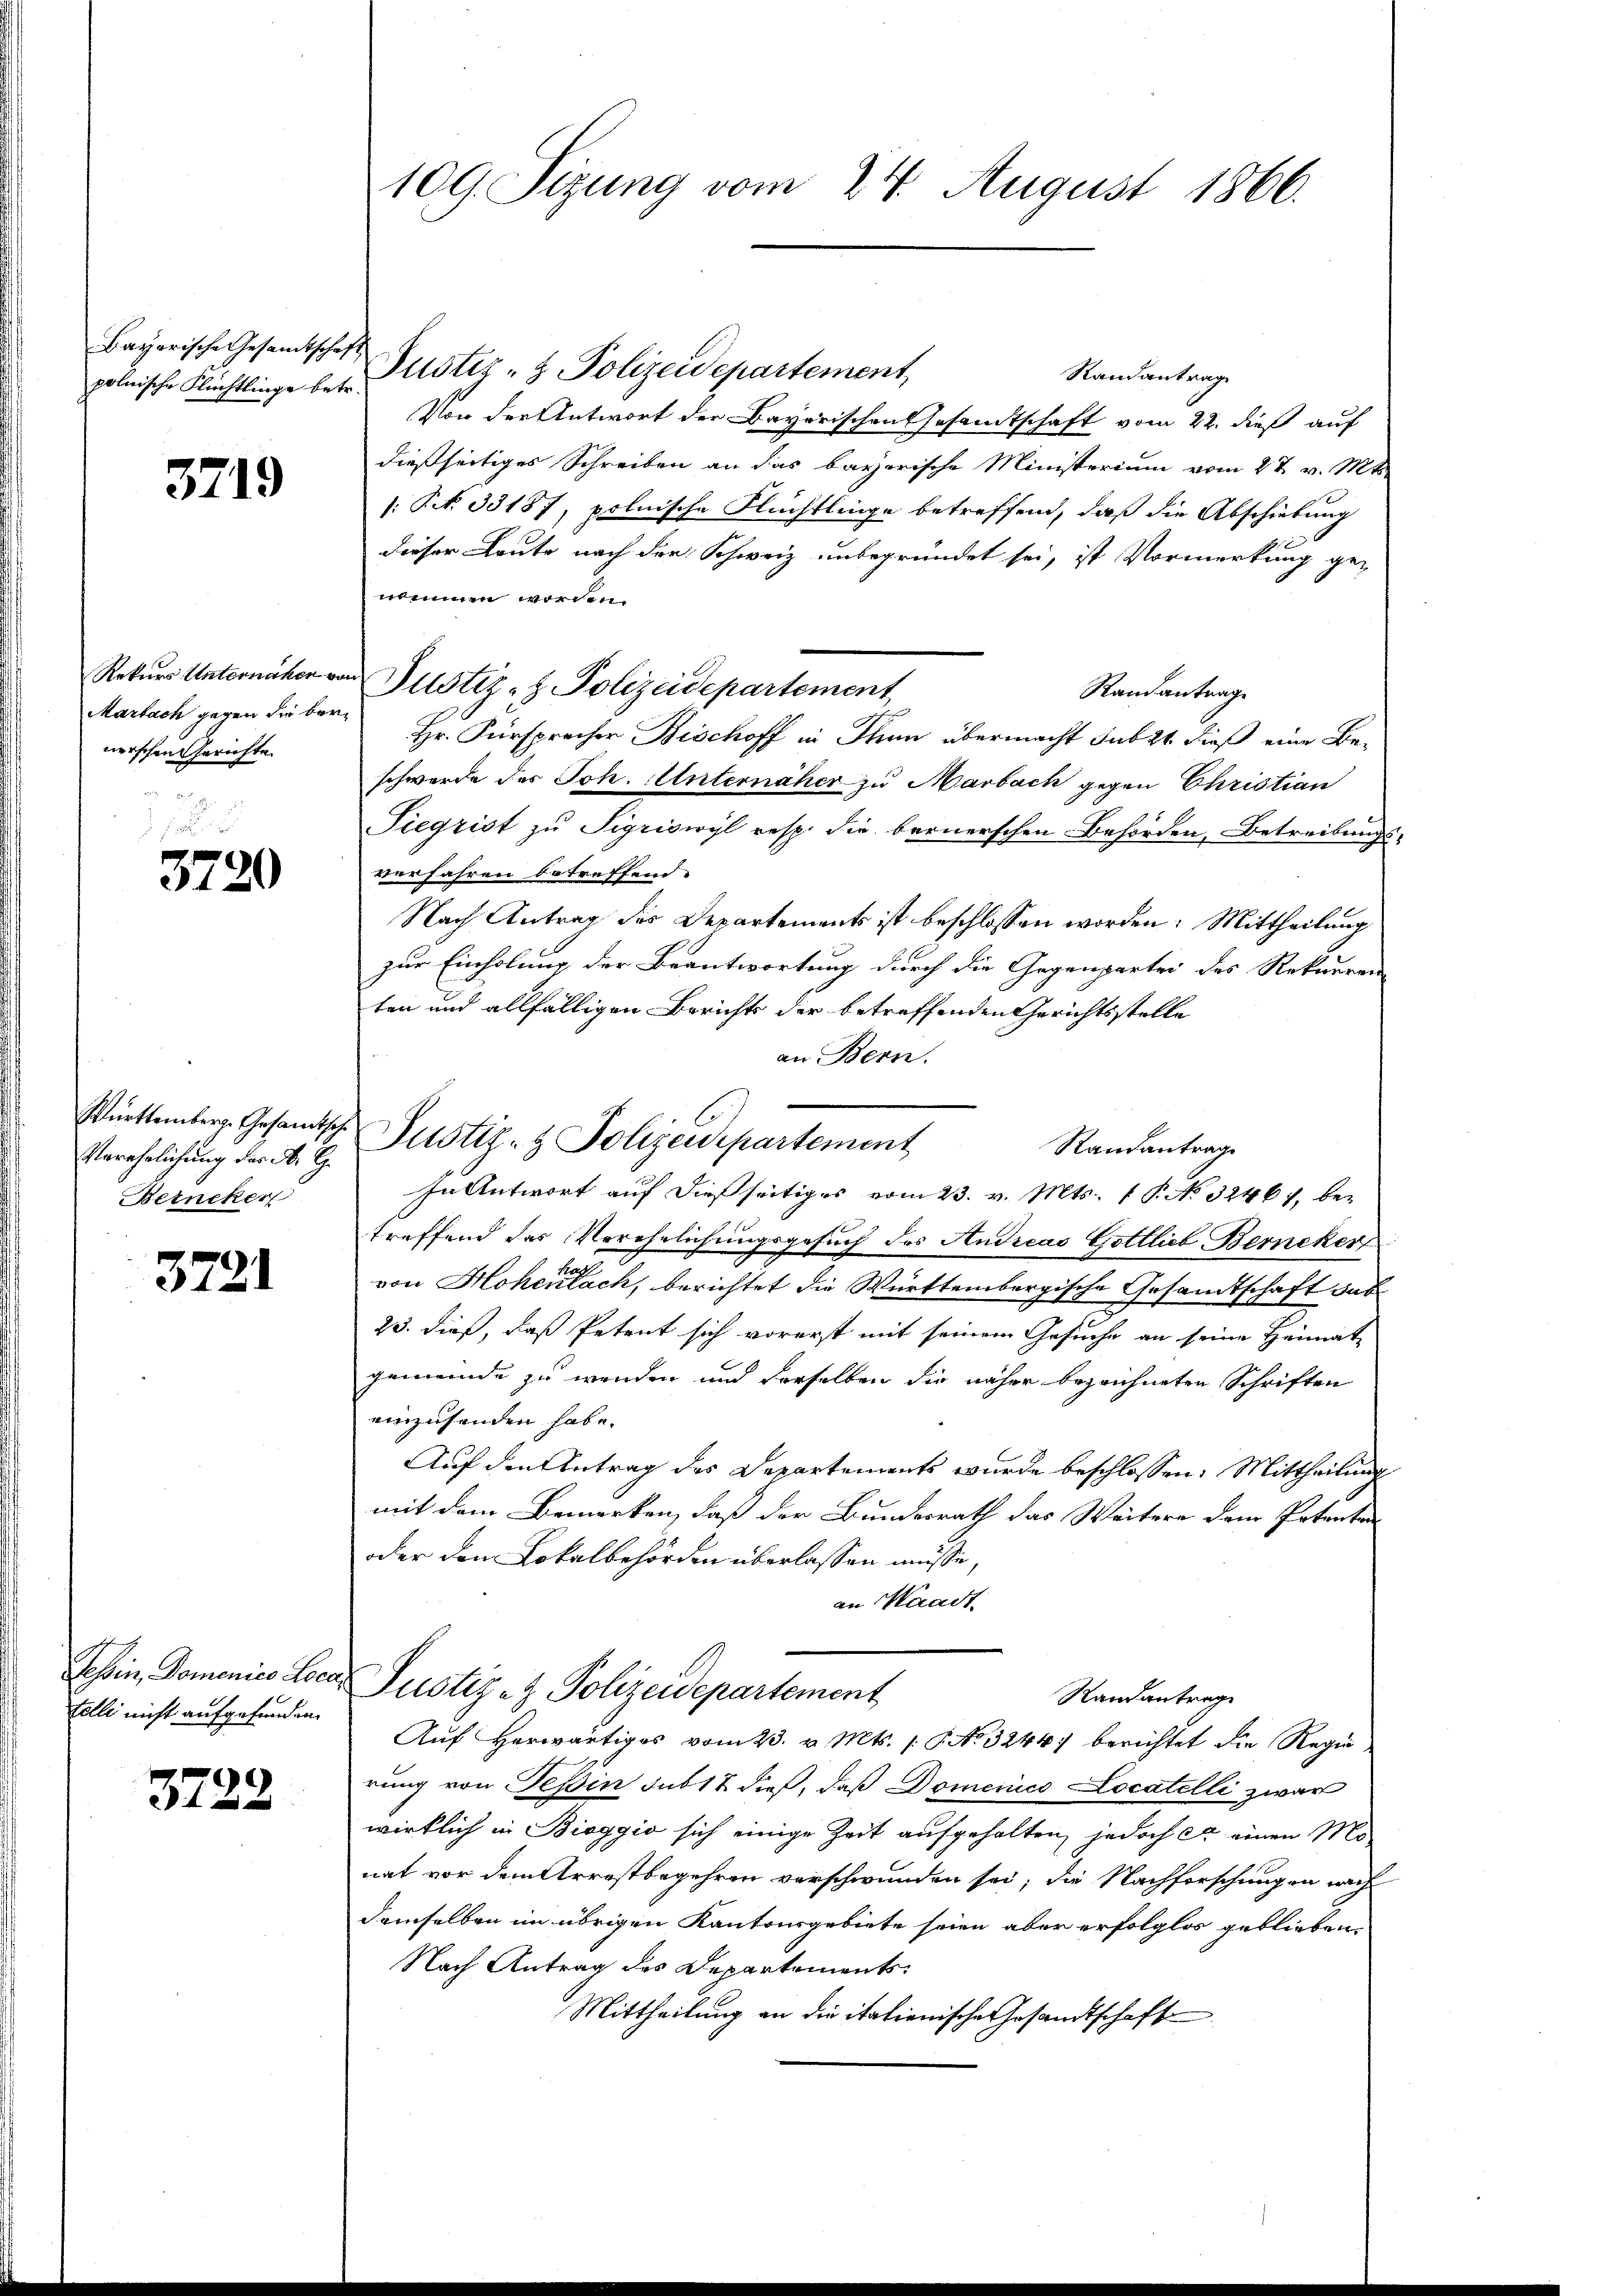
Bayerische Gesandtschaft
polnische Flüchtlinge betr.

3719

Marbach gegen die bernerschen Gerichte.

3720

Verehelichung der A. G.
Beincken

3721

Tessin, Domenico Le
telle nicht aufgefunden.

3722

109. Sizung vom 24. August 1866.

Justiz- & Polizeidepartement,
Randantrag
Von der Antwort der Bayerischen Gesandtschaft vom 22. dieß auf
dießseitiges Schreiben an das bayerische Ministerium vom 27. v. Mts.
/: P. 33187, polnische Flüchtlinge betreffend, daß die Abschiebung
dieser Leute nach der Schweiz unbegründet sei, ist Vormerkung genommen worden.
Randantrage
Hr. Fürsprecher Bischoff in Thun übermacht subst dieß eine Beschwerde des Joh. Unternäher zu Marbach gegen Christian
Tiegrist zu Sigriswyl resp. die bernerschen Behörden, Betreibungs-
verfahren betreffend.
Nach Antrag des Departements ist beschlossen worden: Mittheilung
zur Einholung der Beantwortung durch die Gegenpartei des Rekurren
ten und allfälligen Berichts der betreffenden Gerichtsstelle
an Bern.
Randantrag
In Antwort auf dießseitiges vom 23. v. Mts. 1 P. No 3246), betreffend des Verehelichungsgesuch des Andreas Gottlieb, Berneker
von Hohenlach, berichtet die Württembergische Gesandtschaft dab
23. dieß, daß Petent sich vorerst mit seinem Gesuche an seine Heimat
gemeinde zu werden und derselben die näher bezeichneten Schriften
einzusenden habe.
Auf den Antrag des Departements wurde beschlossen: Mittheilung
mit dem Bemerken, daß der Bundesrath das Weitere dem Petenton
oder dem Lokalbehörden überlassen müsse,
an Waadt
e Justiz- & Polizeidepartement
Randantrage
Aŭf herwärtiges vom 23. v. Mts. 1. P. No 3244) berichtet die Regierung von Teßin sub 12 dieß, daß Domenico Locatelli zwar
wirklich in Bieggio sich einige Zeit aufgehalten, jedoch er einen Mo-
nat vor dem Arrestbegehren verschwunden sei; die Nachforschungen nach
demselben im übrigen Kantonsgebiete seien aber erfolglos geblieben.
Nach Antrag des Departements¬
Mittheilung an die italienische Gesandtschaft

Rekurs Unternäher von Justiz- & Polizeidepartement

Württemberg. Gesandtsche Justiz- & Polizen partement